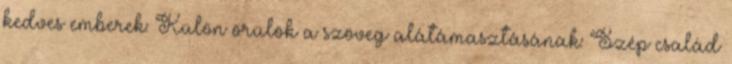
kedves emberek: Külön örülök a szöveg alátámasztásának: Szép család